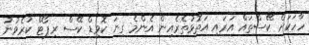
ހާހަކަށް ކޭސްތައް އަރައި އަތޮޅުތެރެއިން އެންމެ ގިނަ ކޮވިޑް ކޭސް ރިޕޯޓް ކުރެވުނު